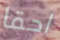
احقا